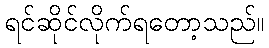
ရင်ဆိုင်လိုက်ရတော့သည်။